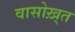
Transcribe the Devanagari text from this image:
वासोख़्त